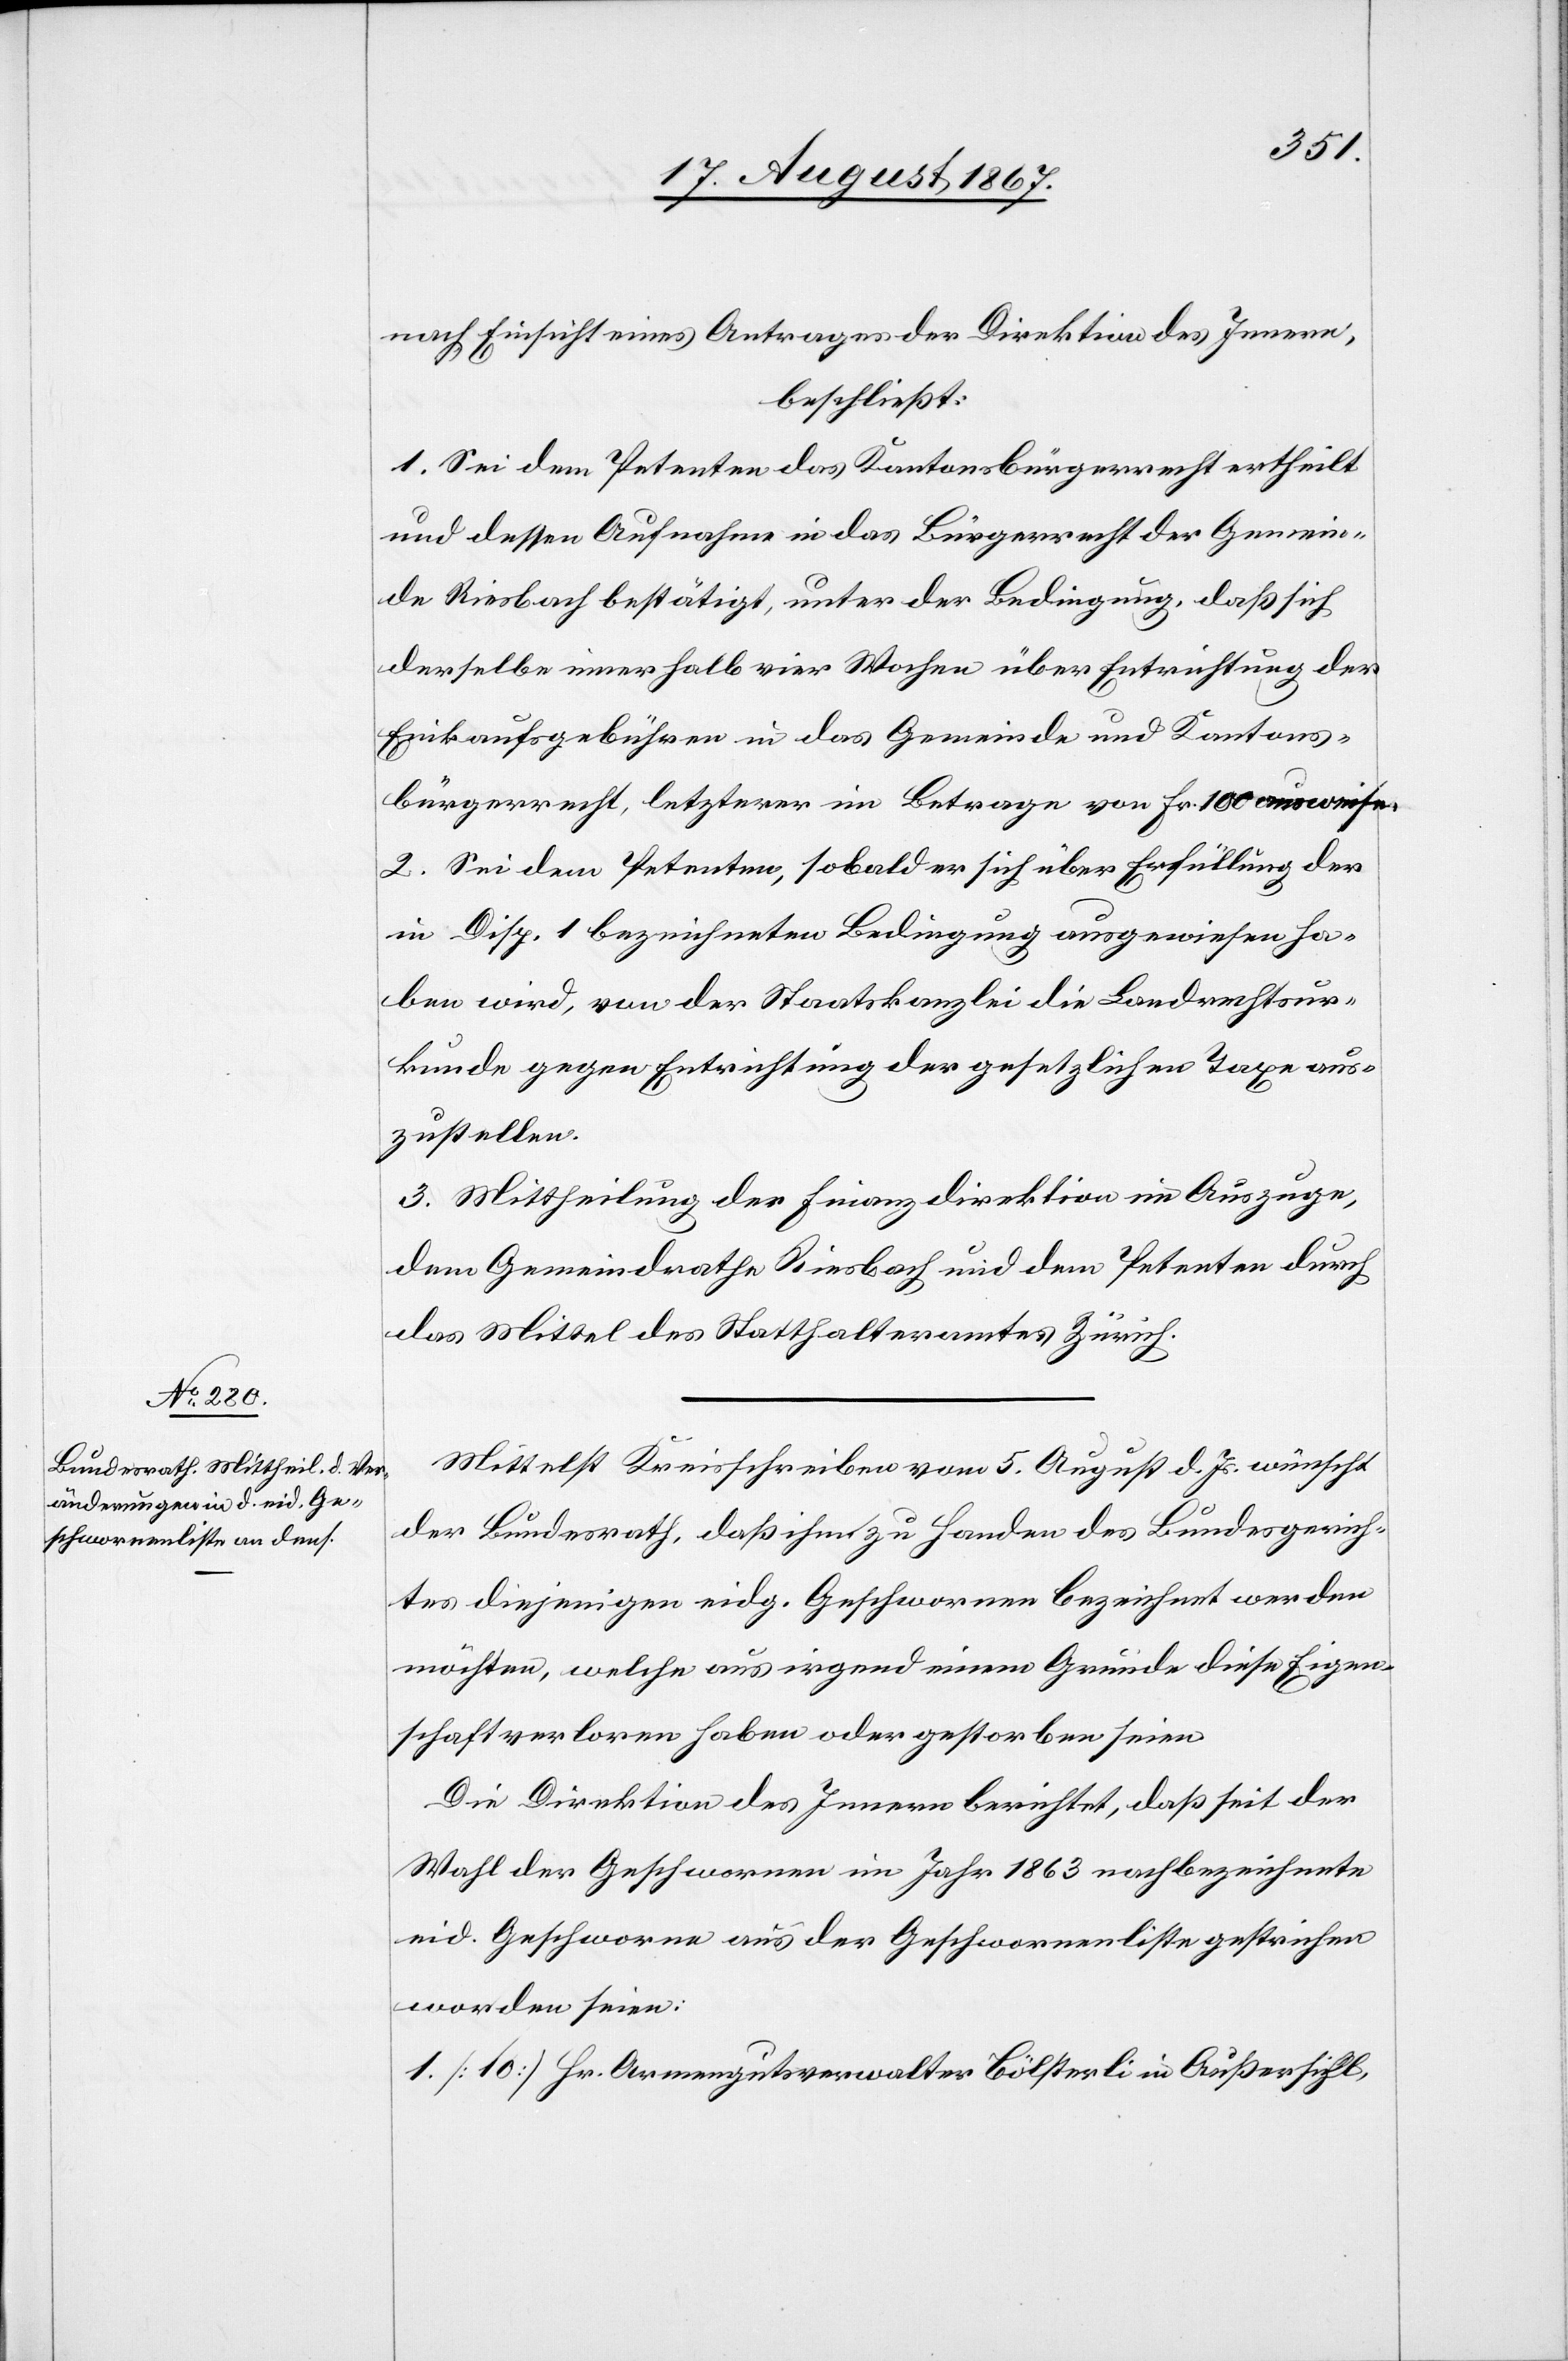
nach Einsicht eines Antrages der Direktion des Innern,
beschließt:
1. Sei dem Petenten das Kantonsbürgerrecht ertheilt
und dessen Aufnahme in das Bürgerrecht der Gemein¬
de Riesbach bestätigt, unter der Bedingung, daß sich
derselbe innerhalb vier Wochen über Entrichtung der
Einkaufsgebühren in das Gemeinde und Kantons¬
bürgerrecht, letzterer im Betrage von Frk. 100 ausweise.
2. Sei dem Petenten, sobald er sich über Erfüllung der
in Disp. 1 bezeichneten Bedingung ausgewiesen ha¬
ben wird, von der Staatskanzlei die Landrechtsur¬
kunde gegen Entrichtung der gesetzlichen Taxe aus¬
zustellen.
3. Mittheilung der Finanzdirektion im Auszuge,
dem Gemeindrathe Riesbach und dem Petenten durch
das Mittel des Statthalteramtes Zürich.
Mittelst Kreisschreiben vom 5. August d. Js. wünscht
der Bundesrath, daß ihm zu Handen des Bundesgerich¬
tes diejenigen eidg. Geschwornen bezeichnet werden
möchten, welche aus irgend einem Grunde diese Eigen¬
schaft verloren haben oder gestorben seien.
Die Direktion des Innern berichtet, daß seit der
Wahl der Geschwornen im Jahr 1863 nachbezeichnete
eid. Geschwornen aus der Geschwornenliste gestrichen
worden seien:
Armengutsverwalter Bölsterli in Außersihl,